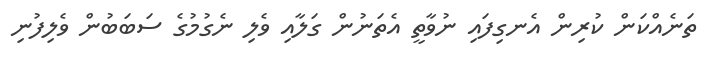
ތަނެއްކަން ކުރިން އެނގިފައި ނުވާތީ އެތަނުން ގަލާއި ވެލި ނެގުމުގެ ސަބަބުން ވެލިފުނި